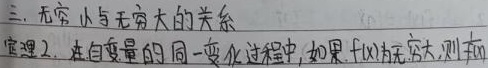
三、无穷小与无穷大的关系
定理2. 在自变量的同一变化过程中，如果\(f(x)\)为无穷大，则有